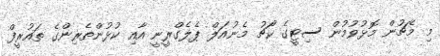
މި މެޗުން މޮޅުވުމުން ސިޓީގެ ކޯޗު މެނުއަލް ޕެލެގްރީނީ އާއި ކުޅުންތެރިންގެ ތައުރީފް